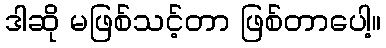
ဒါဆို မဖြစ်သင့်တာ ဖြစ်တာပေါ့။